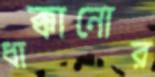
ধাক্কানোর